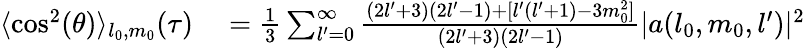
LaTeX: \begin{array}{rl}{\langle\cos^{2}(\theta)\rangle_{l_{0},m_{0}}(\tau)}&{{}=\frac{1}{3}\sum_{l^{\prime}=0}^{\infty}\frac{(2l^{\prime}+3)(2l^{\prime}-1)+[l^{\prime}(l^{\prime}+1)-3m_{0}^{2}]}{(2l^{\prime}+3)(2l^{\prime}-1)}|a(l_{0},m_{0},l^{\prime})|^{2}}\end{array}